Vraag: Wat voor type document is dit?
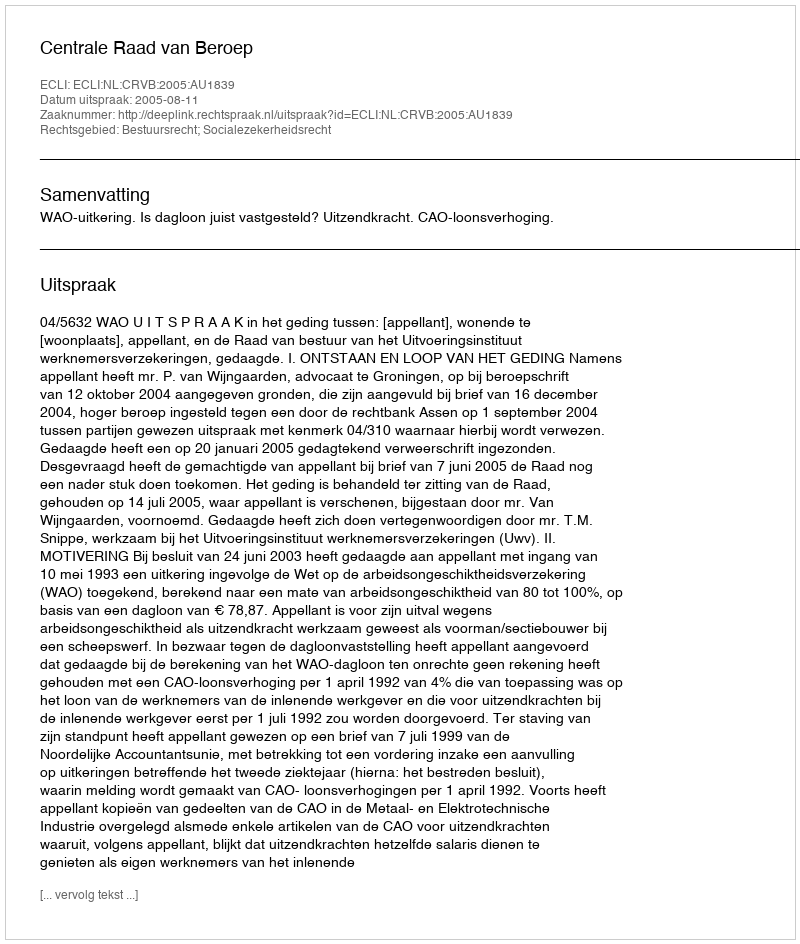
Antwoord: Uitspraak